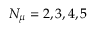
N _ { \mu } = 2 , 3 , 4 , 5